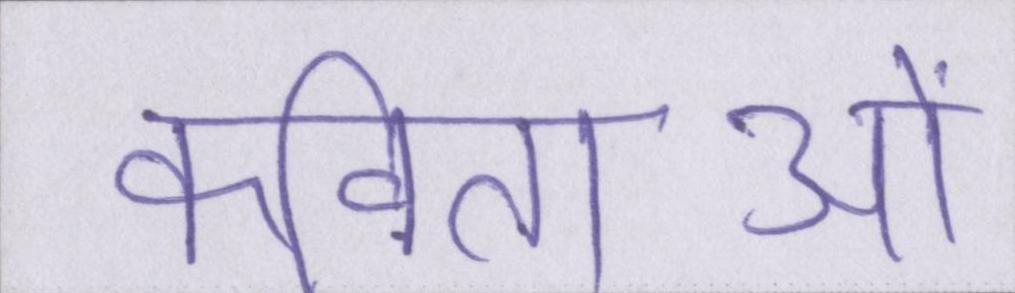
कविताओं